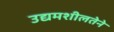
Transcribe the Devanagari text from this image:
उद्यमशीलतेने